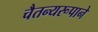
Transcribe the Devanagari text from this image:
चैतन्यरूपाने